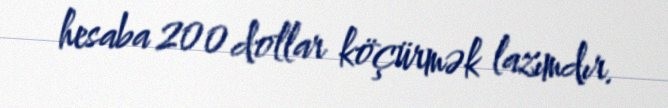
hesaba 200 dollar köçürmək lazımdır.